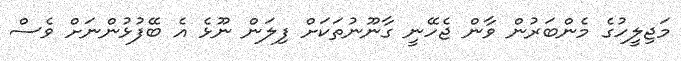
މަޖިލީހުގެ މެންބަރުން ވާން ޖެހޭނީ ގާނޫނުތަކަށް ފިލަން ނޫޅެ އެ ބޭފުޅުންނަށް ވެސް